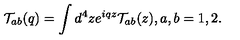
{ \cal T } _ { a b } ( q ) = \int d ^ { 4 } z e ^ { i q z } { \cal T } _ { a b } ( z ) , a , b = 1 , 2 .